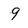
Character: 9